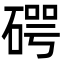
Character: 𥔲